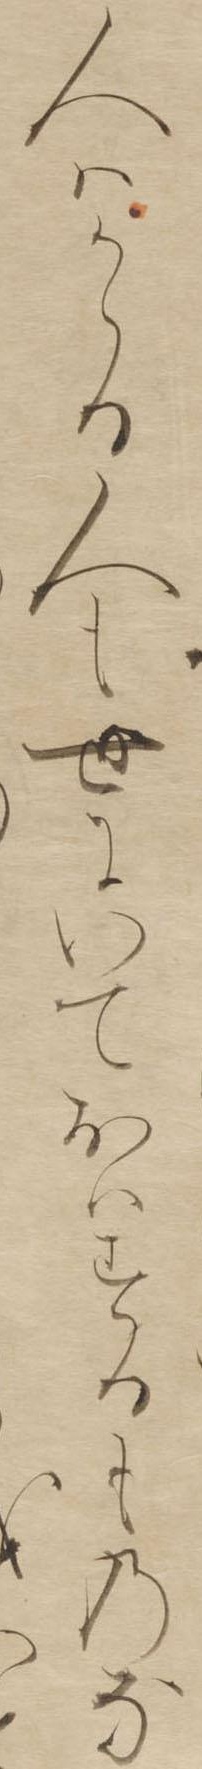
人はかゝる人も世にいておはするものな